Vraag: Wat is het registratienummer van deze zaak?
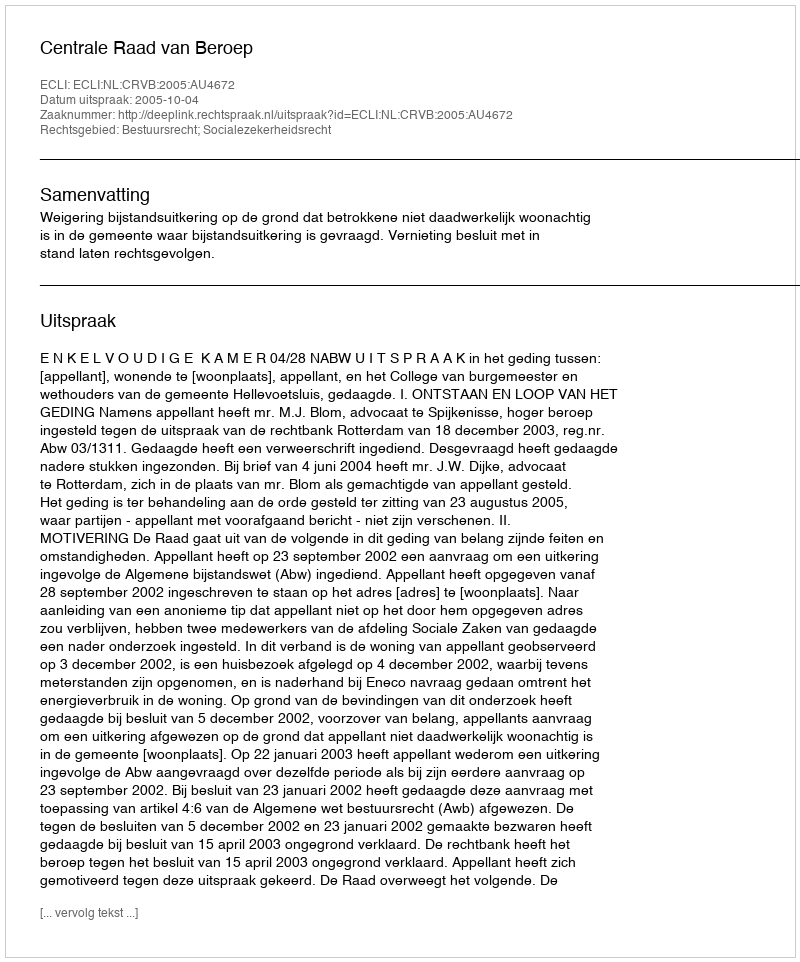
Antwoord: http://deeplink.rechtspraak.nl/uitspraak?id=ECLI:NL:CRVB:2005:AU4672